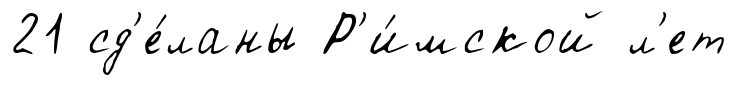
21 сд'е́ланы Р'и́мской л'ет